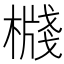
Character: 𣚙